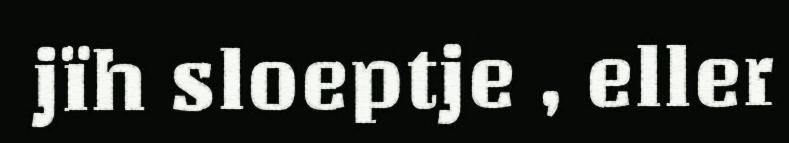
jïh sloeptje , eller